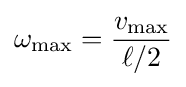
\omega _{\text{max}}={\frac {v_{\text{max}}}{\ell /2}}